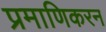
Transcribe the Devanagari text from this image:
प्रमाणिकरन